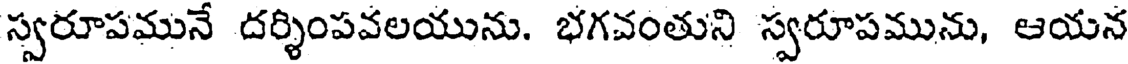
స్వరూపమునే దర్శింపవలయును. భగవంతుని స్వరూపమును, ఆయన